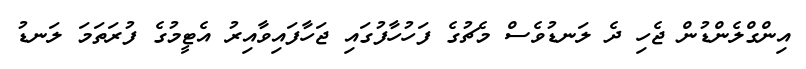
އިންގްލެންޑުން ޖެހި ދެ ލަނޑުވެސް މެޗުގެ ފަހުހާފުގައި ޖަހާފައިވާއިރު އެޓީމުގެ ފުރަތަމަ ލަނޑު